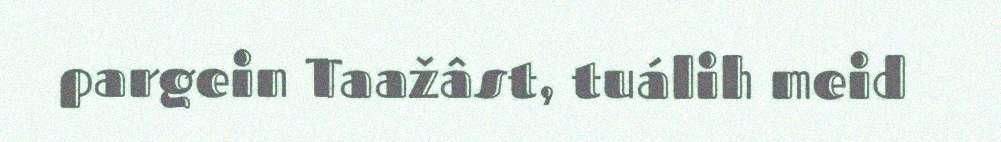
pargein Taažâst, tuálih meid